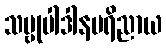
သဗ္ဗုပါဒါနပရိညာယ